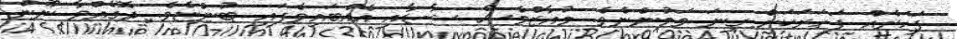
ފަހަރެއް ފަހަރަކަށް ގިނަ ވަމުންނެވެ. މުއާޒްވެސް ޝާޑާއި އެއްބައިވެފައި ބުންޏެވެ. ދޮގެއްވާ ނޫން